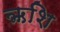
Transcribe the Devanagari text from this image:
ऋशि